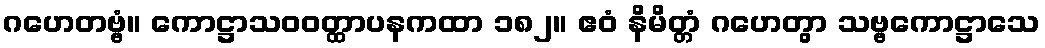
ဂဟေတဗ္ဗံ။ ကောဋ္ဌာသဝဝတ္ထာပနကထာ ၁၈၂။ ဧဝံ နိမိတ္တံ ဂဟေတွာ သဗ္ဗကောဋ္ဌာသေ